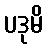
ပဒုမိ